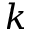
k